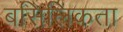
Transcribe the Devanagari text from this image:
बसिलिकता